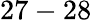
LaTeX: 27-28